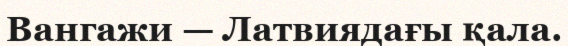
Вангажи — Латвиядағы қала.